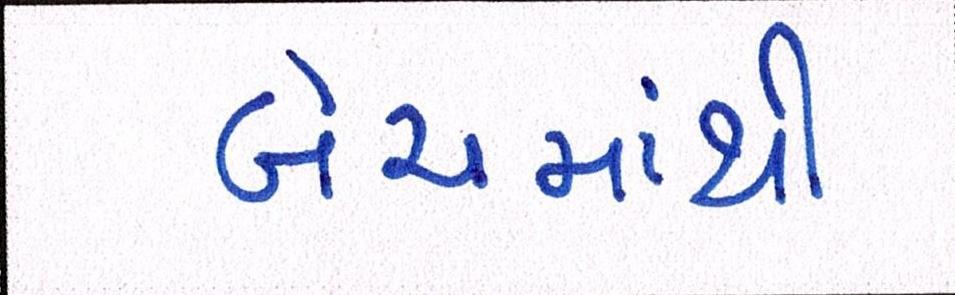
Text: બેચમાંથી